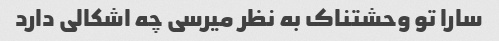
سارا تو وحشتناک به نظر میرسی چه اشکالی دارد